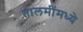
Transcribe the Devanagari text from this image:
तालमींमध्ये